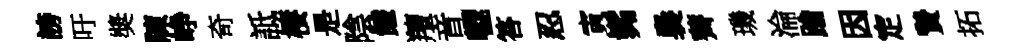
謗吁奬陳峥奇詆棲是陰饁羶音轣答忍寅髴裊薺璣淪踰因定贄拓